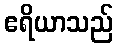
ဧရိယာသည်